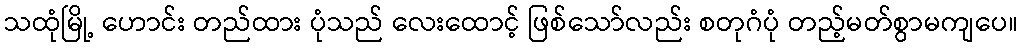
သထုံမြို့ ဟောင်း တည်ထား ပုံသည် လေးထောင့် ဖြစ်သော်လည်း စတုဂံပုံ တည့်မတ်စွာမကျပေ။